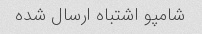
شامپو اشتباه ارسال شده